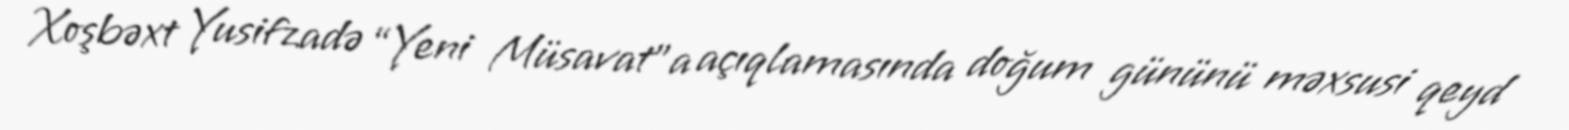
Xoşbəxt Yusifzadə “Yeni Müsavat”a açıqlamasında doğum gününü məxsusi qeyd